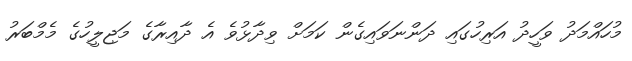
މުހައްމަދު ވަހީދު އަރިހުގައި ދަންނަވައިގެން ކަމަށް ވިދާޅުވެ އެ ދާއިރާގެ މަޖިލީހުގެ މެމްބަރު